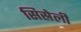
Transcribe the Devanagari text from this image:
सिस्रेली